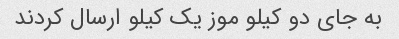
به جای دو کیلو موز یک کیلو ارسال کردند